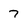
Character: 7